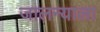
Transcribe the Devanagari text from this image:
जालन्याला